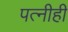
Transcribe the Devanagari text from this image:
पत्‍नीही